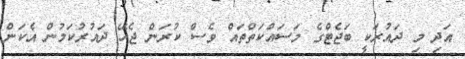
އަދި މި ދައުރަކީ ބަޖެޓްގެ މަސައްކަތްތައް ވެސް ކުރަން ޖެހޭ ދައުރުކަމުން އެކަން